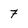
Character: 7